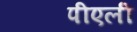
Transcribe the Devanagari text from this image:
पीएली